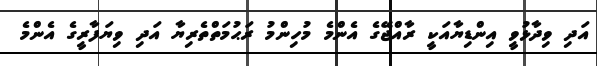
އަދި ވިދާޅުވީ އިންޑިޔާއަކީ ރާއްޖޭގެ އެންމެ މުހިންމު ރަޙުމަތްތެރިޔާ އަދި ވިޔަފާރީގެ އެންމެ